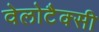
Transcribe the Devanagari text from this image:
वेलोटैक्सी